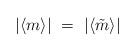
LaTeX: \begin{align*}|\langle m\rangle|\ =\ |\langle\tilde m\rangle|\end{align*}